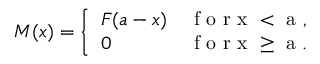
M ( x ) = \left\{ \begin{array} { l l } { F ( a - x ) } & { \mathrm { ~ f ~ o ~ r ~ x ~ < ~ a ~ , ~ } } \\ { 0 } & { \mathrm { ~ f ~ o ~ r ~ x ~ \geq ~ a ~ . ~ } } \end{array} \right.